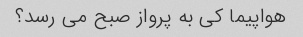
هواپیما کی به پرواز صبح می رسد؟